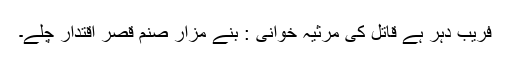
فریبِ دہر ہے قاتل کی مرثیہ خوانی : بنے مزارِ صنم قصرِ اقتدار چلے۔